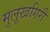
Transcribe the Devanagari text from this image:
मुलूखगिरी